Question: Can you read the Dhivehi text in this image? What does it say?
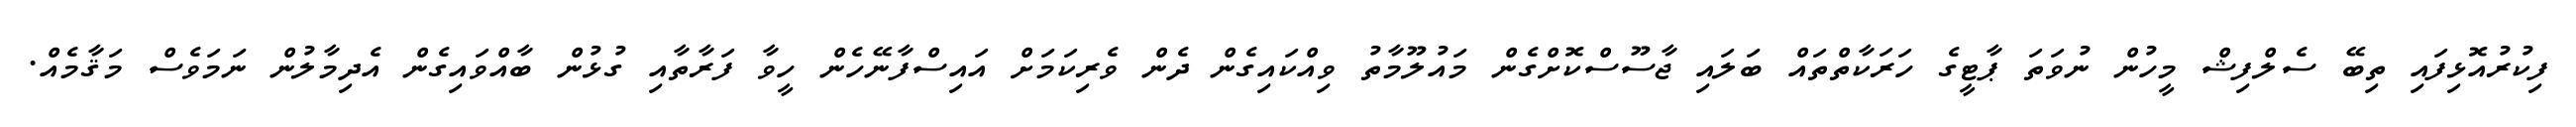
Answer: ފިކުރުއޮޅިފައި ތިބޭ ސެލްފިޝް މީހުން ނުވަތަ ޕާޓީގެ ހަރަކާތްތައް ބަލައި ޖާސޫސްކޮށްގެން މައުލޫމާތު ވިއްކައިގެން ދެން ވެރިކަމަށް އައިސްފާނޭހެން ހީވާ ފަރާތާއި ގުޅުން ބާއްވައިގެން އެދިމާލުން ނަމަވެސް މަޤާމެއް.